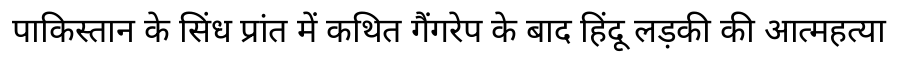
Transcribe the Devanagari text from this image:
पाकिस्तान के सिंध प्रांत में कथित गैंगरेप के बाद हिंदू लड़की की आत्महत्या